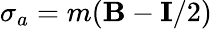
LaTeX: \mathbf{\sigma}_{a}=m(\mathbf{B}-\mathbf{I}/2)